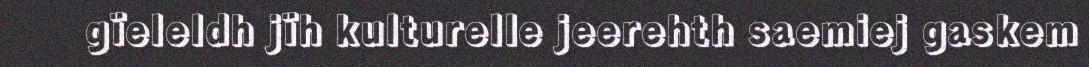
gïeleldh jïh kulturelle jeerehth saemiej gaskem